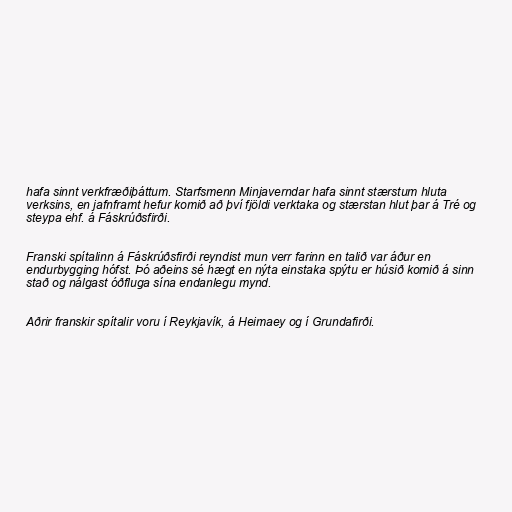
hafa sinnt verkfræðiþáttum. Starfsmenn Minjaverndar hafa sinnt stærstum hluta
verksins, en jafnframt hefur komið að því fjöldi verktaka og stærstan hlut þar á Tré og
steypa ehf. á Fáskrúðsfirði.

Franski spítalinn á Fáskrúðsfirði reyndist mun verr farinn en talið var áður en
endurbygging hófst. Þó aðeins sé hægt en nýta einstaka spýtu er húsið komið á sinn
stað og nálgast óðfluga sína endanlegu mynd.

Aðrir franskir spítalir voru í Reykjavík, á Heimaey og í Grundafirði.